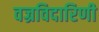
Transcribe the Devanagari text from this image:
वज्रविदारिणी